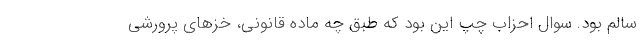
سالم بود. سوال احزاب چپ این بود که طبق چه ماده قانونی، خزهای پرورشی